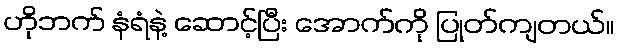
ဟိုဘက် နံရံနဲ့ ဆောင့်ပြီး အောက်ကို ပြုတ်ကျတယ်။